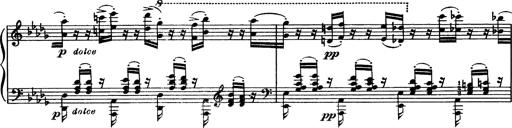
Title: Paraphrase de concert sur Rigoletto
Composer: Franz Liszt